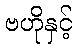
ဗဟိုနှင့်